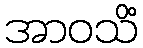
အာဝသိံ